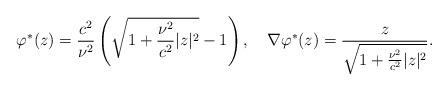
LaTeX: \begin{align*}\varphi^*(z)=\frac{c^2}{\nu^2}\left(\sqrt{1+\frac{\nu^2}{c^2}|z|^2}-1\right),\quad\nabla \varphi^*(z)=\frac{z}{\sqrt{1+\frac{\nu^2}{c^2}|z|^2}}.\end{align*}